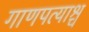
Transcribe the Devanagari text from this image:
गाणपत्याश्च